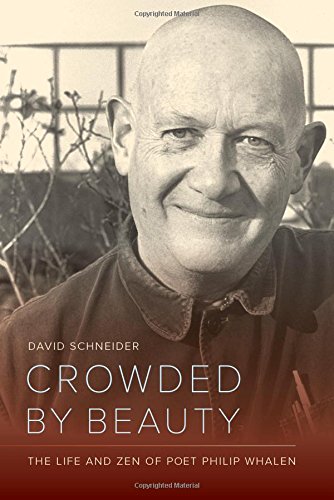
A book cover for Crowded by Beauty: The Life and Zen of Poet Philip Whalen; David Schneider; Religion & Spirituality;